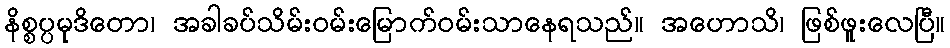
နိစ္စပ္ပမုဒိတော၊ အခါခပ်သိမ်းဝမ်းမြောက်ဝမ်းသာနေရသည်။ အဟောသိ၊ ဖြစ်ဖူးလေပြီ။